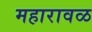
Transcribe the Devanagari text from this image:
महारावळ